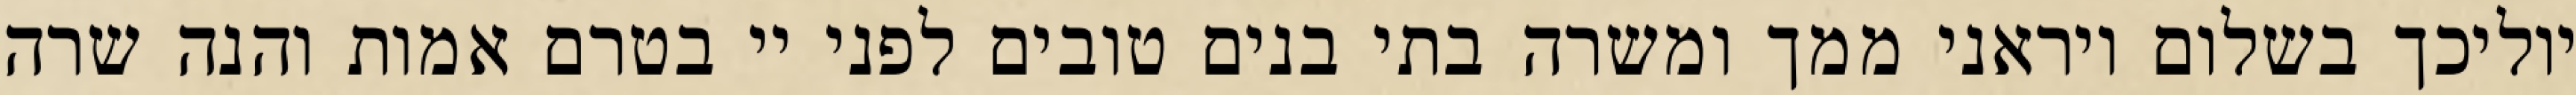
יוליכך בשלום ויראני ממך ומשרה בתי בנים טובים לפני יי בטרם אמות והנה שרה